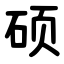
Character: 硕